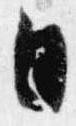
日